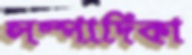
সম্পাদিকা